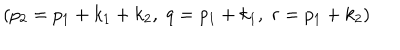
\left( p _ { 2 } = p _ { 1 } + k _ { 1 } + k _ { 2 } , \; q = p _ { 1 } + k _ { 1 } , \; r = p _ { 1 } + k _ { 2 } \right)